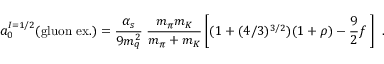
a _ { 0 } ^ { I = 1 / 2 } ( \mathrm { g l u o n } \ \mathrm { e x . } ) = { \frac { \alpha _ { s } } { 9 m _ { q } ^ { 2 } } } \; { \frac { m _ { \pi } m _ { K } } { m _ { \pi } + m _ { K } } } \left[ ( 1 + ( 4 / 3 ) ^ { 3 / 2 } ) ( 1 + \rho ) - \frac 9 2 f \; \right] \ .